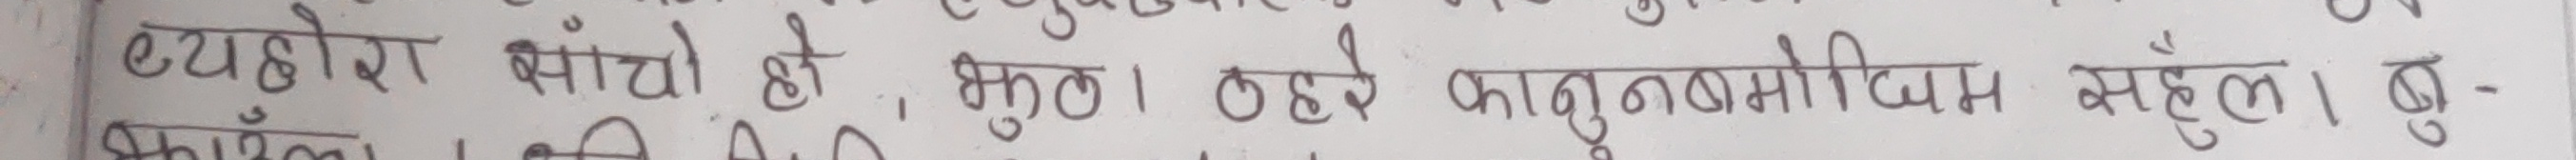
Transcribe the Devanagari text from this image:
ब्योहोरा सांचो हो, भुल्का। ठहरे कानुनमोदियम महल। बु-